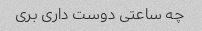
چه ساعتی دوست داری بری